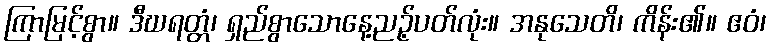
ကြာမြင့်စွာ။ ဒီဃရတ္တံ၊ ရှည်စွာသောနေ့ညဉ့်ပတ်လုံး။ အနုသေတိ၊ ကိန်း၏။ ဧဝံ၊